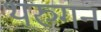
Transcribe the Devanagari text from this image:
थरुगन